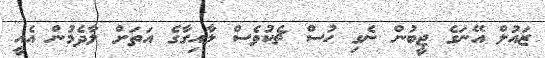
ޒައުލް އޭނަގެ ޖީބުން ނެގި ހުސް ޗެކުވެސް ލާއިގާގެ އަތަށް ލާދެމުން އެއީ